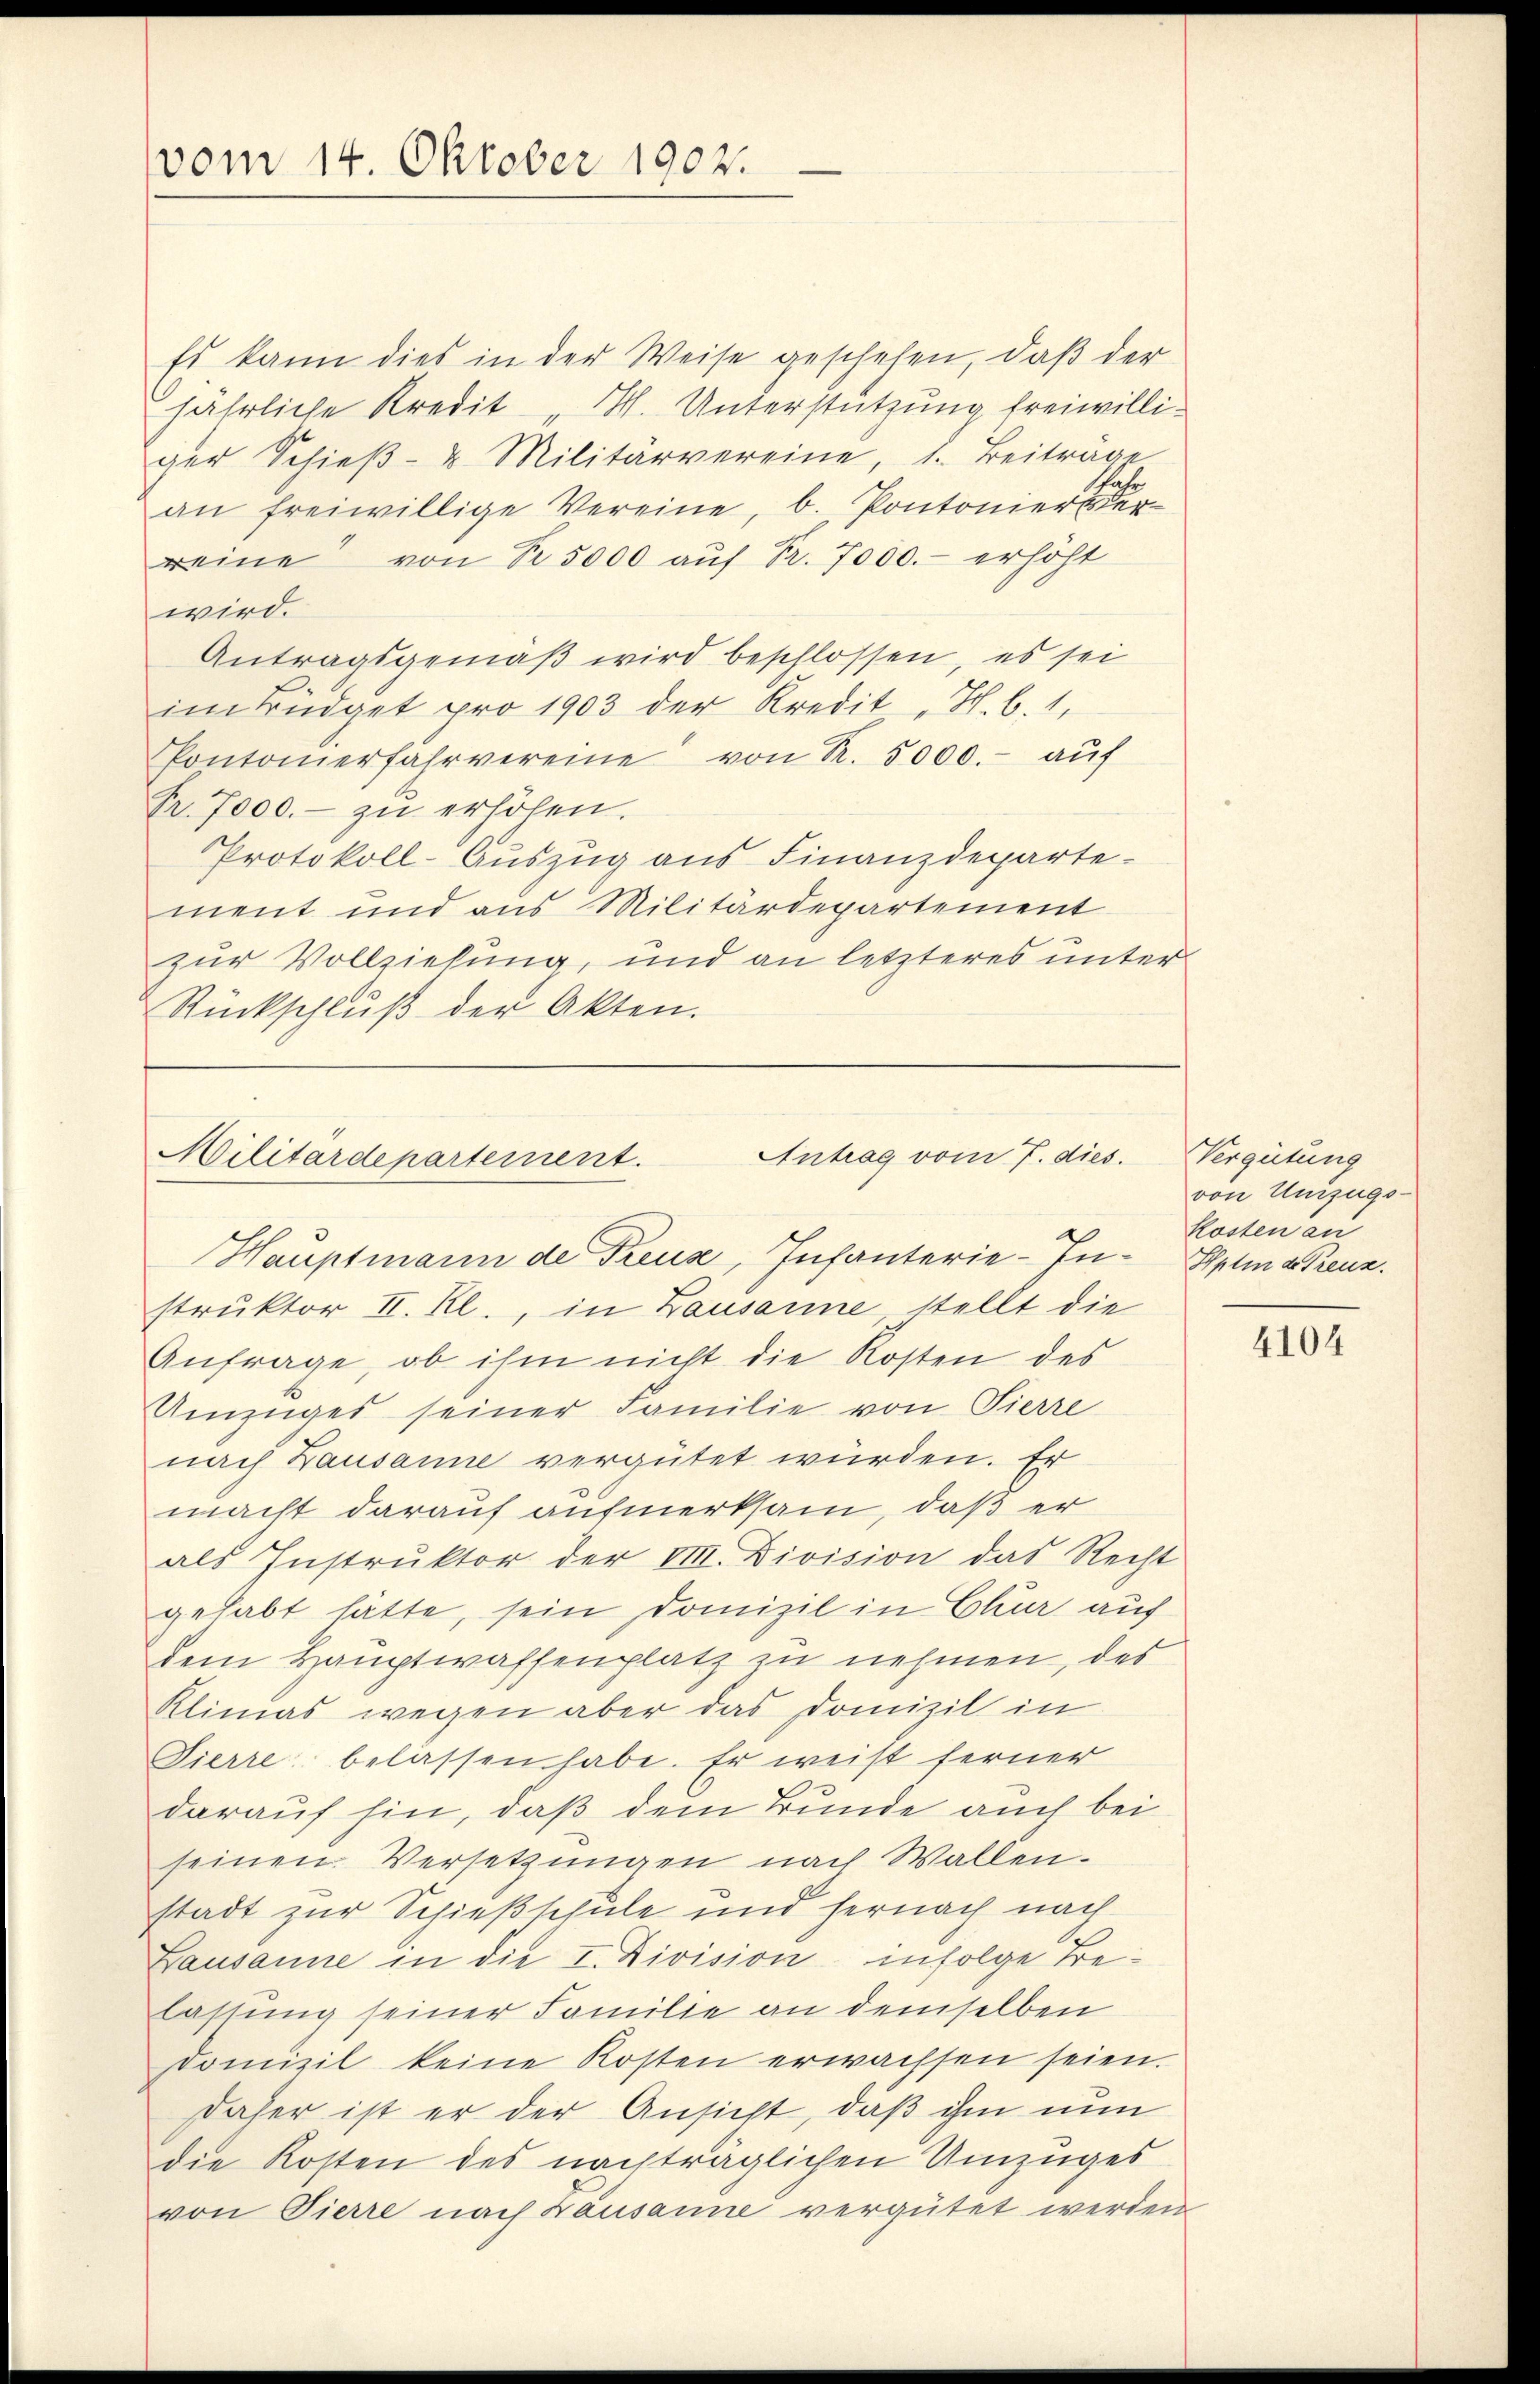
vom 14. Oktober 1902.

Es kann dies in der Weise geschehen, daß der
jährliche Kredit "H. Unterstützung freiwilliger Schieβ- u Militärvereine, 1. Beitrage
an freiwillige Vereine, b. Pontonierte er
reine von Nr. 5000 aŭf Fr. 7000.- erhöht
wird.
Antragsgemäß wird beschlossen, es sei
im Büdget pro 1903 der Kredit "H.b. 1.
Pontonierfahrvereine von R. 5000.- aŭf
Fr. 7000.- zŭ erhöhen.
Protokoll-Auszug aus Finanzdepartement und aus Militärdepartement
zur Vollziehung, und an letzteres unter
Rückschluß der Akten.

Antrag vom 7. dies.
Militärdepartement.
Hauptmann de Preuse, Infanterie-In¬

struktor II. Kl., in Lausanne stellt die
Anfrage, ob ihm nicht die Kosten des
Amzüger seiner Familie von Tierre
nach Lausanne vergütet würden. Er
macht darauf aufmerksam, daß er
als Instrŭktor der VIII. Division das Recht
gehabt hätte, sein Domizil in Chur auf
dem Hauptwaffenplatz zu nehmen, des
Klimas wegen aber das Domizil in
Sierre belassen habe. Er weist ferner
darauf hin, daß dem Bunde auch bei
seinen Versetzungen nach Wallen.
stadt zur Schießschule und hernach nach
Lausanne in die I. Division infolge Belassung seiner Familie an demselben
domizil keine Kosten erwachsen seien.
daher ist er der Ansicht, daß ihm nun
die Kosten des nachträglichen Umzuges
von Tierre nach Lausanne vergütet werden

Vergütung
von Unzugs-
Kosten au
Hptin de Treuz.

4104